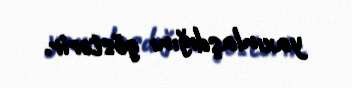
yaxınlaşdığını göstərir.